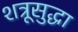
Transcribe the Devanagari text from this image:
शत्रूसुद्धा